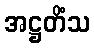
အဋ္ဌတိံသ